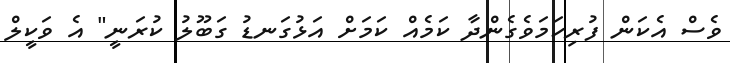
ވެސް އެކަން ފުރިހަމަވެގެންދާ ކަމެއް ކަމަށް އަޅުގަނޑު ގަބޫލު ކުރަނީ" އެ ވަކީލް